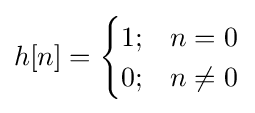
h[n]={\begin{cases}1;&n=0\\0;&n\neq 0\end{cases}}